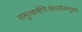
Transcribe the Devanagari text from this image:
समुत्कर्षनिःश्रेयस्यैकमुग्रम्‌